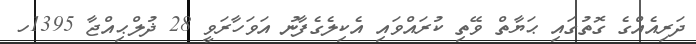
ދަރިއެއްގެ ގޮތުގައި ޙަޔާތް ވޭތި ކުރައްވައި އެކިލެގެފާނު އަވަހާރަވީ 28 ޛުލްޙިއްޖާ 1395ހ